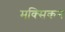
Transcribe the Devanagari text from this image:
मक्सिकन